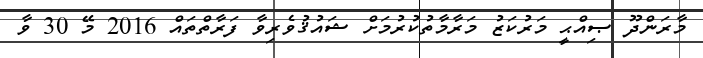
މާރަންދޫ ޞިއްޙީ މަރުކަޒު މަރާމާތުކުރުމަށް ޝައުޤުވެރިވާ ފަރާތްތައް 2016 މޭ 30 ވާ